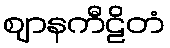
ဈာနကီဠိတံ